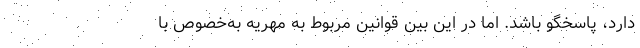
دارد، پاسخگو باشد. اما در این بین قوانین مربوط به مهریه به‌خصوص با